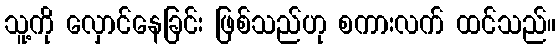
သူ့ကို လှောင်နေခြင်း ဖြစ်သည်ဟု စကားလက် ထင်သည်။